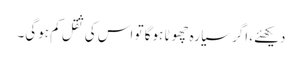
دیکھئے، اگر سیارہ چھوٹا ہوگا تو اس کی ثقل کم ہوگی۔